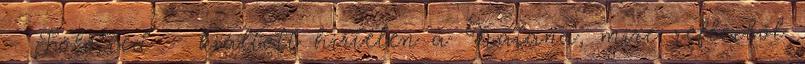
- Fölötted – kiáltott hirtelen a Katana, mire reflexből